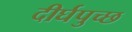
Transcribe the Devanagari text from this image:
दीर्घपुच्छ